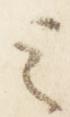
之